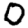
Digit: 0